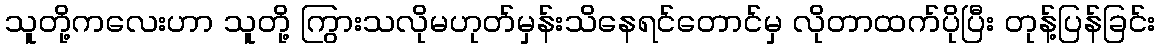
သူတို့ကလေးဟာ သူတို့ ကြွားသလိုမဟုတ်မှန်းသိနေရင်တောင်မှ လိုတာထက်ပိုပြီး တုန့်ပြန်ခြင်း